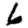
Digit: 6